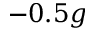
- 0 . 5 g